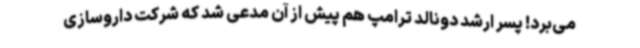
می‌برد! پسر ارشد دونالد ترامپ هم پیش از آن مدعی شد که شرکت داروسازی